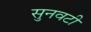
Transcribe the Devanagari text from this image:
सुनवटी